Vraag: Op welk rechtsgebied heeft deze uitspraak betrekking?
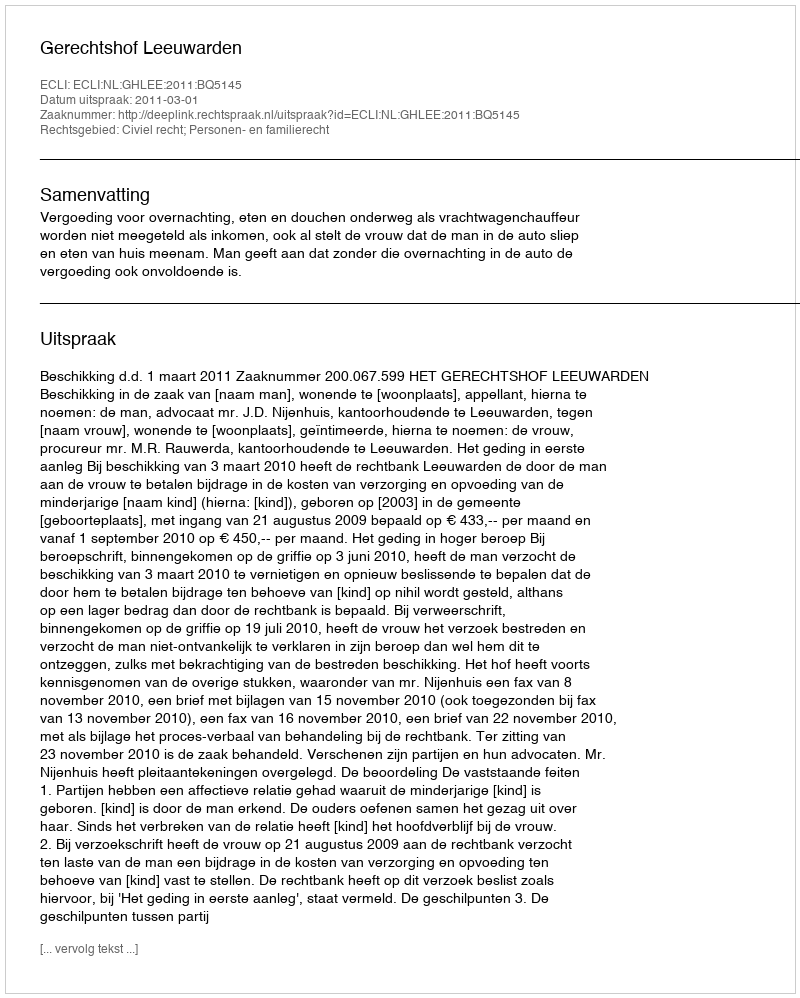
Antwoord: Civiel recht; Personen- en familierecht